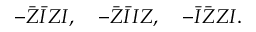
- \bar { Z } \bar { I } Z I , \quad - \bar { Z } \bar { I } I Z , \quad - \bar { I } \bar { Z } Z I .